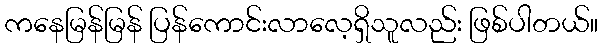
ကနေမြန်မြန် ပြန်ကောင်းလာလေ့ရှိသူလည်း ဖြစ်ပါတယ်။